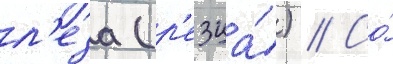
л'еза (р'езца́) // Со́